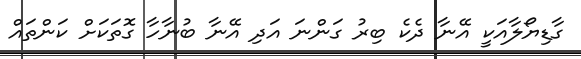
ގާޑިޔޯލާއަކީ އޭނާ ދެކެ ބިރު ގަންނަ އަދި އޭނާ ބުނާހާ ގޮތަކަށް ކަންތައް